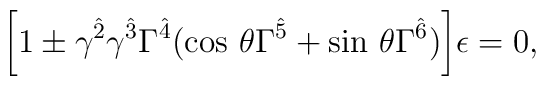
\biggl[1\pm\gamma^{\hat{2}}\gamma^{\hat{3}}\Gamma^{\hat{4}}({\rm cos}\ \theta\Gamma^{\hat{5}}+{\rm sin}\ \theta\Gamma^{\hat{6}})\biggr]\epsilon=0,